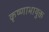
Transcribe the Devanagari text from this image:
कृष्णाभायुक्त